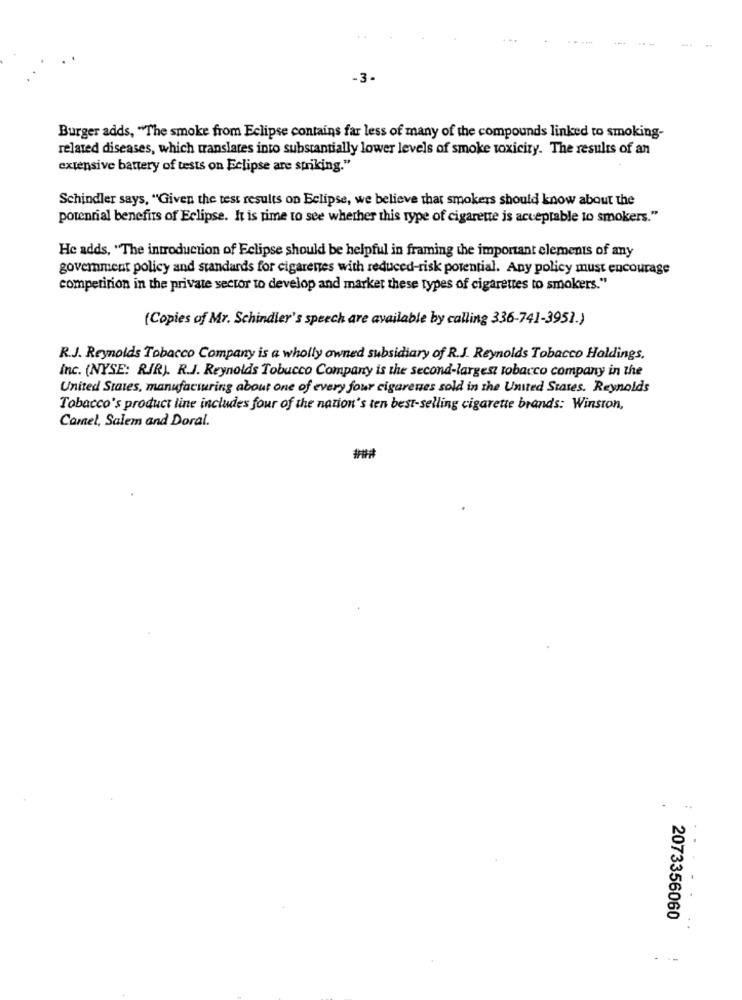
-3-
Burger adds, "The smoke from Eclipse contains far less of many of the compounds linked to smoking-
related diseases, which translates into substantially lower levels of smoke toxicity. The results of an
extensive battery of tests on Eclipse are striking."
Schindler says, "Given the test results on Eclipse, we believe that smokers should know about the
potential benefits of Eclipse. It is time to see whether this type of cigarette is acceptable to smokers."
He adds, "The introduction of Eclipse should be helpful in framing the important elements of any
goverment policy and standards for cigarenes with reduced-risk potential. Any policy must encourage
competition in the private sector to develop and market these types of cigarettes to smokers."
(Copies of Mr. Schindler's speech are available by calling 336-741-3951.)
R.J. Reynolds Tobacco Company is a wholly owned subsidiary of R.J. Reynolds Tobacco Holdings.
inc. (NYSE: RIR). R.J. Reynolds Tobucco Company is the second-largest tobacco company in the
United States, manufacturing about one of every four cigarenes sold in the United States. Reynolds
Tobacco's product line includes four of the nation's ten best-selling cigarette brands: Winston,
Camel, Salem and Doral.
2073356060
.